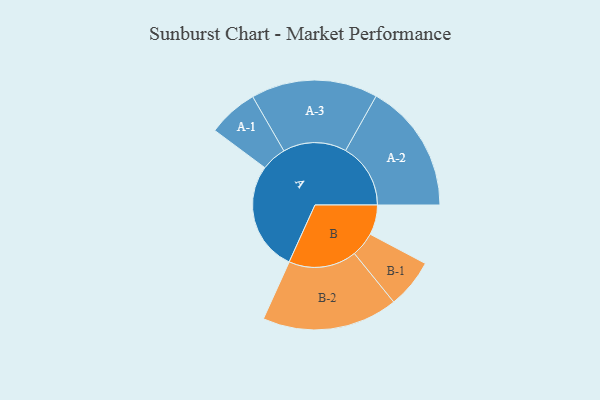
{"axis": {"x": "Segment", "y": "Value"}, "legend": ["", "A", "B"], "data": [{"x": "A", "y": 480, "type": ""}, {"x": "B", "y": 131, "type": ""}, {"x": "A-1", "y": 110, "type": "A"}, {"x": "A-2", "y": 285, "type": "A"}, {"x": "A-3", "y": 278, "type": "A"}, {"x": "B-1", "y": 108, "type": "B"}, {"x": "B-2", "y": 298, "type": "B"}]}